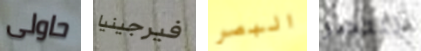
حاولى فيرجينيا البصر ننتصر